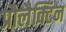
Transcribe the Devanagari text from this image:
प्रौलैक्टिन